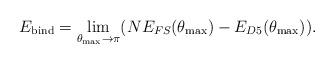
LaTeX: \begin{align*}E_{\rm bind}=\lim_{\theta_{\rm max}\rightarrow\pi} (NE_{FS}(\theta_{\rm max})-E_{D5}(\theta_{\rm max})).\end{align*}